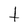
Character: t